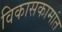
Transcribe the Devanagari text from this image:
विकासकामांत